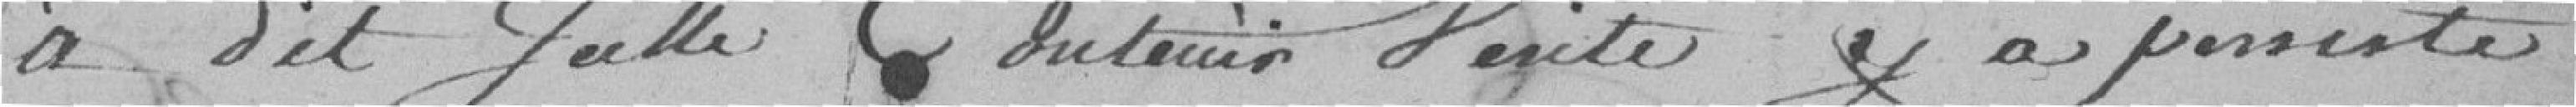
A dit icelle contenir vérité et à persisté